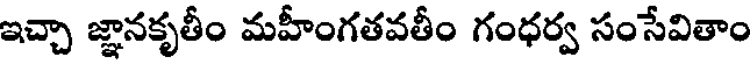
ఇచ్చా జ్ఞానకృతీం మహీంగతవతీం గంధర్వ సంసేవితాం